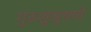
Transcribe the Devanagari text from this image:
गुरुशुश्रूषणे